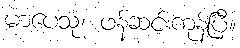
မာပေသုံ၊ ဖန်ဆင်းကုန်ပြီ။